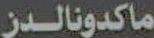
ماكدونالدز